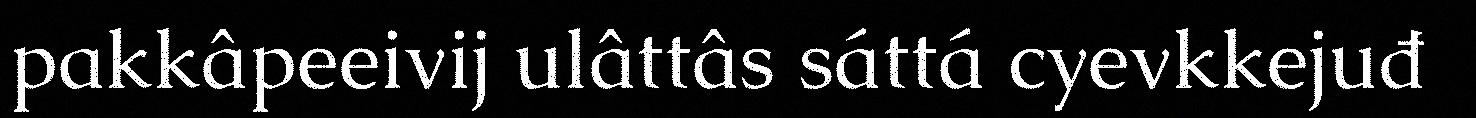
pakkâpeeivij ulâttâs sáttá cyevkkejuđ